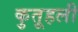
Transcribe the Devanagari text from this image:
कुतूहली